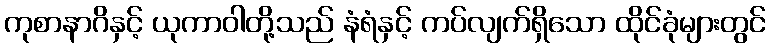
ကုစာနာဂိနှင့် ယုကာဝါတို့သည် နံရံနှင့် ကပ်လျက်ရှိသော ထိုင်ခုံများတွင်